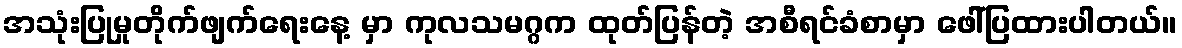
အသုံးပြုမှုတိုက်ဖျက်ရေးနေ့ မှာ ကုလသမဂ္ဂက ထုတ်ပြန်တဲ့ အစီရင်ခံစာမှာ ဖေါ်ပြထားပါတယ်။